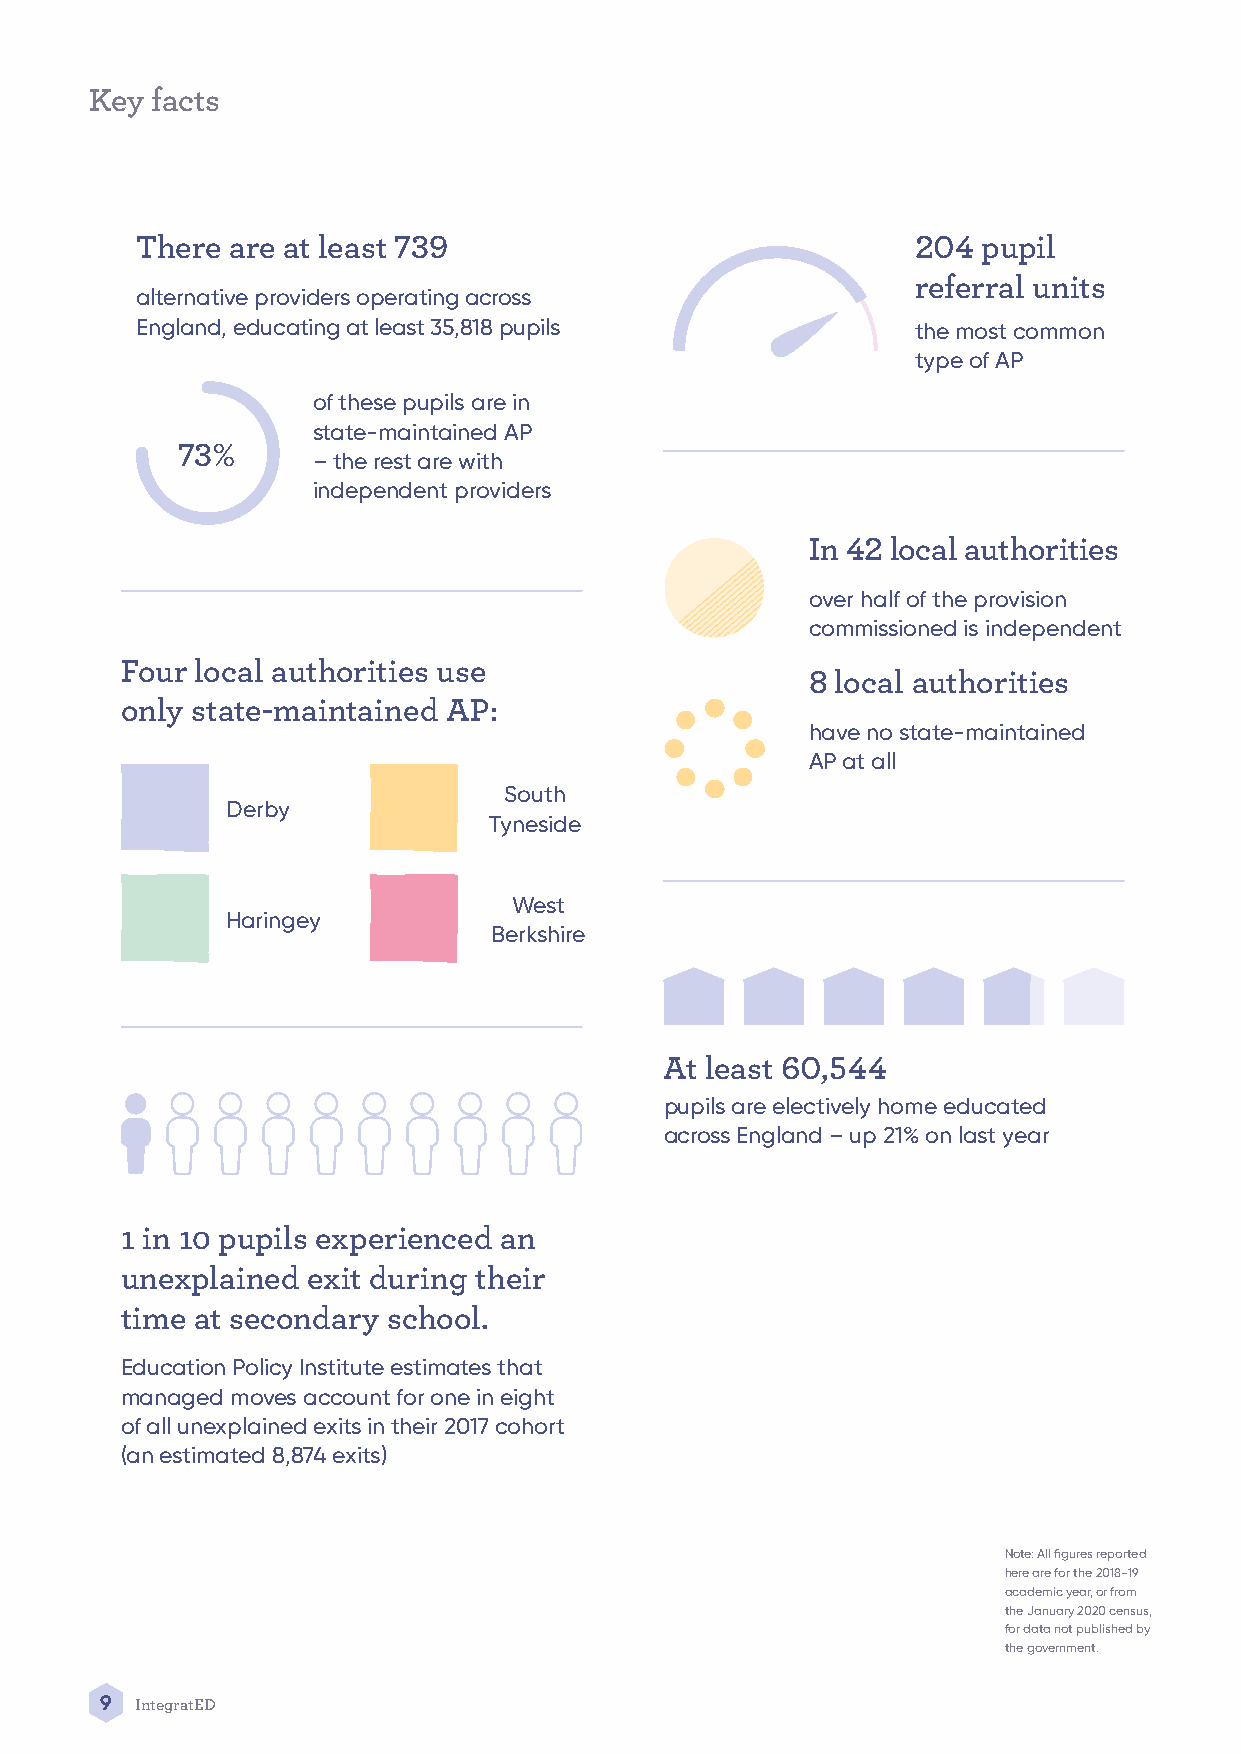
Key facts
 There are at least 739                              204 pupil
 referral units
 alternative providers operating across
 England, educating at least 35,818 pupils           the most common
 type of AP
 of these pupils are in
 state-maintained AP
 73%
 – the rest are with
 independent providers
 In 42 local authorities
 over half of the provision
 commissioned is independent
 Four local authorities use
 8 local authorities
 only state-maintained AP:
 have no state-maintained
 AP at all
 South
 Derby
 Tyneside
 West
 Haringey
 Berkshire
 At least 60,544
 pupils are electively home educated
 across England – up 21% on last year
 1 in 10 pupils experienced an
 unexplained exit during their
 time at secondary school.
 Education Policy Institute estimates that
 managed moves account for one in eight
 of all unexplained exits in their 2017 cohort
 (an estimated 8,874 exits)
 Note: All figures reported
 here are for the 2018-19
 academic year, or from
 the January 2020 census,
 for data not published by
 the government.
 9 IntegratED